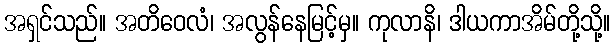
အရှင်သည်။ အတိဝေလံ၊ အလွန်နေမြင့်မှ။ ကုလာနိ၊ ဒါယကာအိမ်တို့သို့။